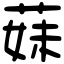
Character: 𦳀